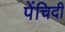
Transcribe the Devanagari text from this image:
पेंचिदी